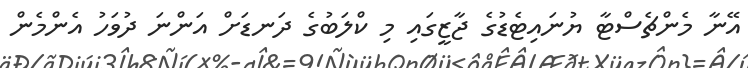
އޭނާ މެންޗެސްޓާ ޔުނައިޓެޑުގެ ޖާޒީގައި މި ކްލަބުގެ ދަނޑަށް އަންނަ ދުވަހު އެންމެން